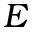
E